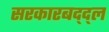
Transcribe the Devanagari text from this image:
सरकारबद्द्ल